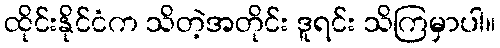
ထိုင်းနိုင်ငံက သိတဲ့အတိုင်း ဒူရင်း သိကြမှာပါ။